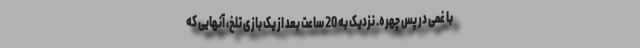
با غمی در پس چهره. نزدیک به 20 ساعت بعد از یک بازی تلخ، آنهایی که